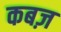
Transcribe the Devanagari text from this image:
कबज़